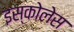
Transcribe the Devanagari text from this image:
इस्कोलेस